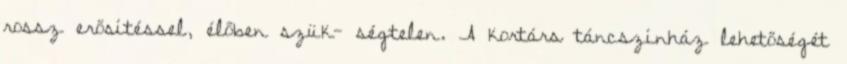
rossz erősítéssel, élőben szük- ségtelen. A kortárs táncszínház lehetőségét